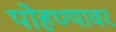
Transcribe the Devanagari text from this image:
पोहण्यावर